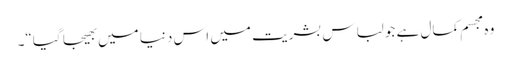
وہ مجسم کمال ہے جو لباسِ بشریت میں اس دنیا میں بھیجا گیا“۔